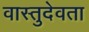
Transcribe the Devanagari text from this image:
वास्तुदेवता